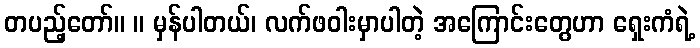
တပည့်တော်။ ။ မှန်ပါတယ်၊ လက်ဖဝါးမှာပါတဲ့ အကြောင်းတွေဟာ ရှေးကံရဲ့